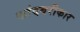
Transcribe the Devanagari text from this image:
कांदबरीकार